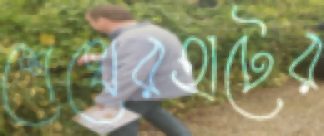
শেখেরহাটের